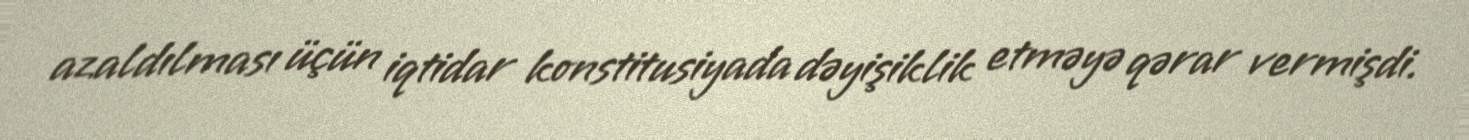
azaldılması üçün iqtidar konstitusiyada dəyişiklik etməyə qərar vermişdi.